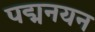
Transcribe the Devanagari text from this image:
पद्मनयन